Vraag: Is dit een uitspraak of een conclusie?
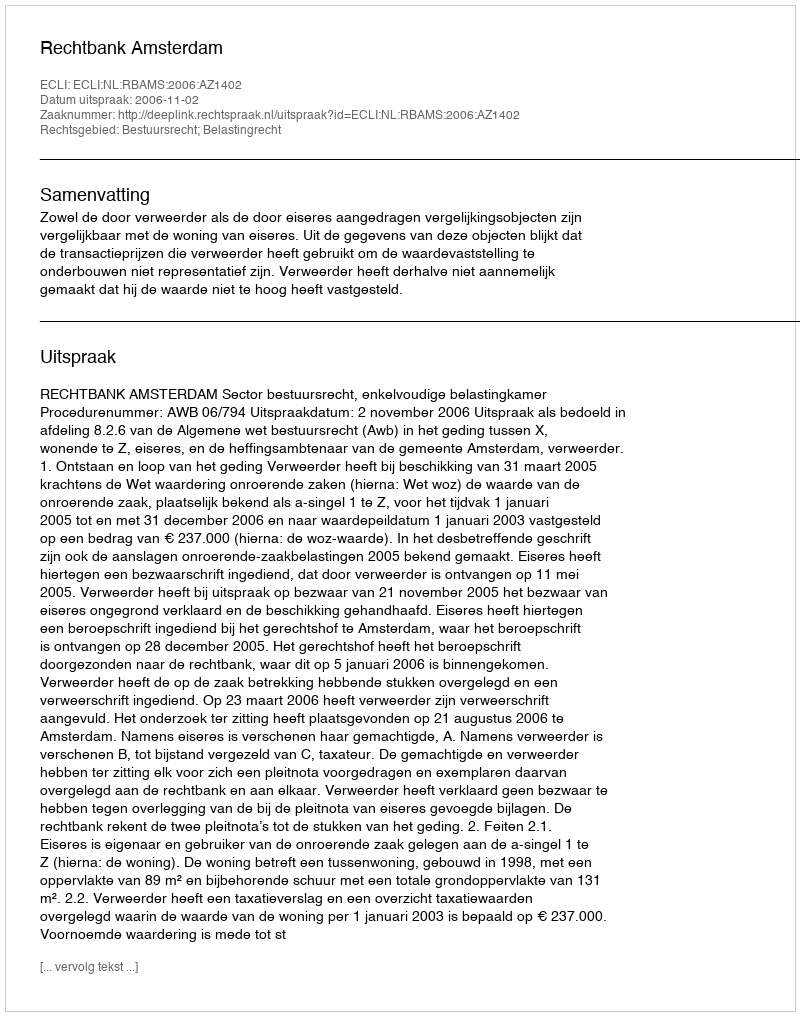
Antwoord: Uitspraak